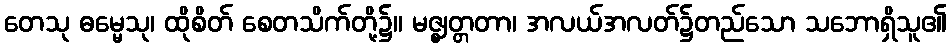
တေသု ဓမ္မေသု၊ ထိုစိတ် စေတသိက်တို့၌။ မဇ္ဈတ္တတာ၊ အလယ်အလတ်၌တည်သော သဘောရှိသူ၏